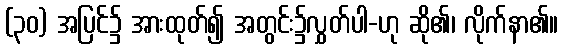
(၃၀) အပြင်၌ အားထုတ်၍ အတွင်း၌လွှတ်ပါ-ဟု ဆို၏၊ လိုက်နာ၏။